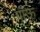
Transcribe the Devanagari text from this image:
पाँऊं